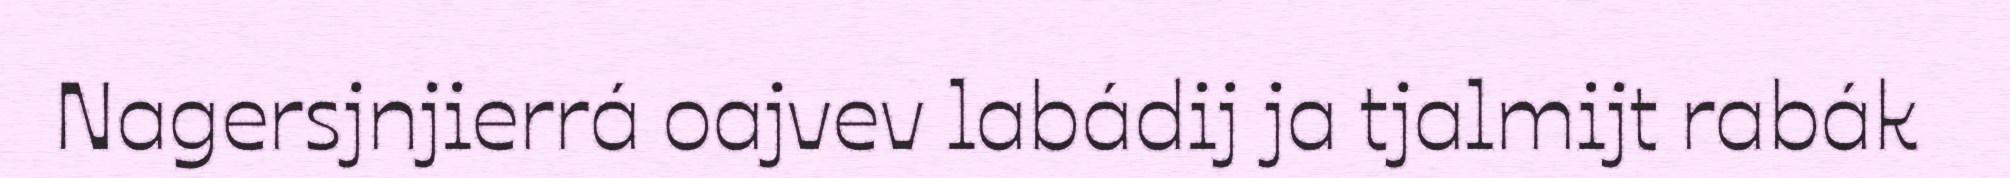
Nagersjnjierrá oajvev labádij ja tjalmijt rabák